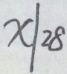
x \vert 2 8